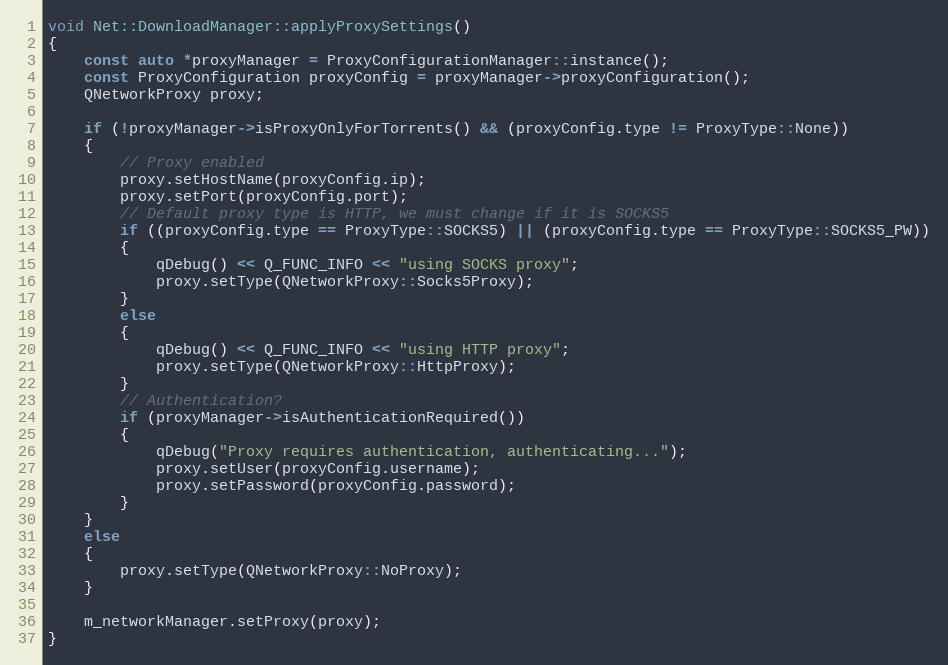
Language: C++
void Net::DownloadManager::applyProxySettings()
{
    const auto *proxyManager = ProxyConfigurationManager::instance();
    const ProxyConfiguration proxyConfig = proxyManager->proxyConfiguration();
    QNetworkProxy proxy;

    if (!proxyManager->isProxyOnlyForTorrents() && (proxyConfig.type != ProxyType::None))
    {
        // Proxy enabled
        proxy.setHostName(proxyConfig.ip);
        proxy.setPort(proxyConfig.port);
        // Default proxy type is HTTP, we must change if it is SOCKS5
        if ((proxyConfig.type == ProxyType::SOCKS5) || (proxyConfig.type == ProxyType::SOCKS5_PW))
        {
            qDebug() << Q_FUNC_INFO << "using SOCKS proxy";
            proxy.setType(QNetworkProxy::Socks5Proxy);
        }
        else
        {
            qDebug() << Q_FUNC_INFO << "using HTTP proxy";
            proxy.setType(QNetworkProxy::HttpProxy);
        }
        // Authentication?
        if (proxyManager->isAuthenticationRequired())
        {
            qDebug("Proxy requires authentication, authenticating...");
            proxy.setUser(proxyConfig.username);
            proxy.setPassword(proxyConfig.password);
        }
    }
    else
    {
        proxy.setType(QNetworkProxy::NoProxy);
    }

    m_networkManager.setProxy(proxy);
}